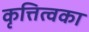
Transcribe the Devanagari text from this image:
कृत्तित्वका